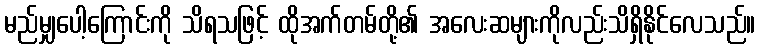
မည်မျှပေါ့ကြောင်းကို သိရသဖြင့် ထိုအက်တမ်တို့၏ အလေးဆများကိုလည်းသိရှိနိုင်လေသည်။